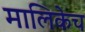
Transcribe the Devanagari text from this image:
मालिकेच